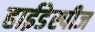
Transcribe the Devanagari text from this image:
हाईडेस्पीज